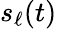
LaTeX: s_{\ell}(t)